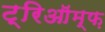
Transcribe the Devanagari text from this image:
ट्रिऑम्फ़